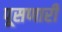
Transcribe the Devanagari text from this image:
पूसणारी